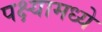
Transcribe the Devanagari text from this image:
पक्ष्यामध्ये